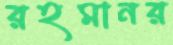
রহমানর